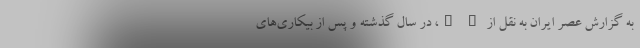
به گزارش عصر ایران به نقل از " "، در سال گذشته و پس از بیکاری‌های